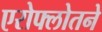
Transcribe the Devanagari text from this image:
एरोफ्लोतने